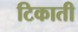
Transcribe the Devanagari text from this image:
टिकाती